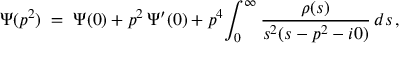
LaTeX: \Psi ( p ^ { 2 } ) \; = \; \Psi ( 0 ) + p ^ { 2 } \, \Psi ^ { \prime } ( 0 ) + p ^ { 4 } \! \int _ { 0 } ^ { \infty } \frac { \rho ( s ) } { s ^ { 2 } ( s - p ^ { 2 } - i 0 ) } \, d s \, ,